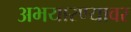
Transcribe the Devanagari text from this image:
अभयारण्यावर